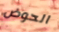
الحوض